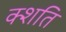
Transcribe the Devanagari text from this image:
क्शति